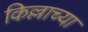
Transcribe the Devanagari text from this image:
किल्लाच्या